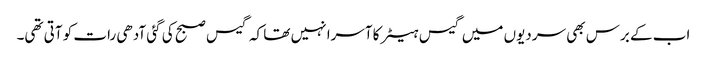
اب کے برس بھی سردیوں میں گیس ہیٹر کا آسرا نہیں تھا کہ گیس صبح کی گئی آدھی رات کو آتی تھی۔